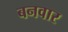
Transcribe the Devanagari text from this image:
बनवार